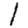
Digit: 1